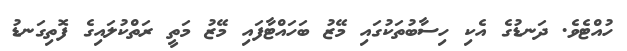
ހުއްޓެވެ. ދަނޑުގެ އެކި ހިސާބުތަކުގައި މޭޒު ބަހައްޓާފައި މޭޒު މަތީ ރަތްކުލައިގެ ފޮތިގަނޑު